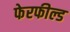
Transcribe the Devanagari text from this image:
फेरफील्ड